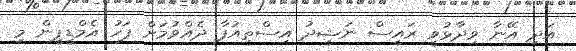
އަދި އޭނާ ވިދާޅުވީ ރައީސް ނަޝީދު އިސްތިއުފާ ދެއްވުމަށް ފަހު އެމްޑީޕީން މި